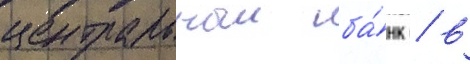
центральныи ба́нк / в